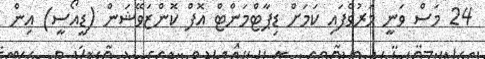
24 މަސް ވަނީ މަރުވެފައި ކަމަށް ޑިޕާޓްމަންޓް އޮފް ކޮންޒަވޭޝަން (ޑީއޯސީ) އިން